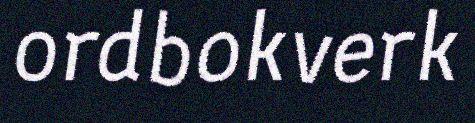
ordbokverk